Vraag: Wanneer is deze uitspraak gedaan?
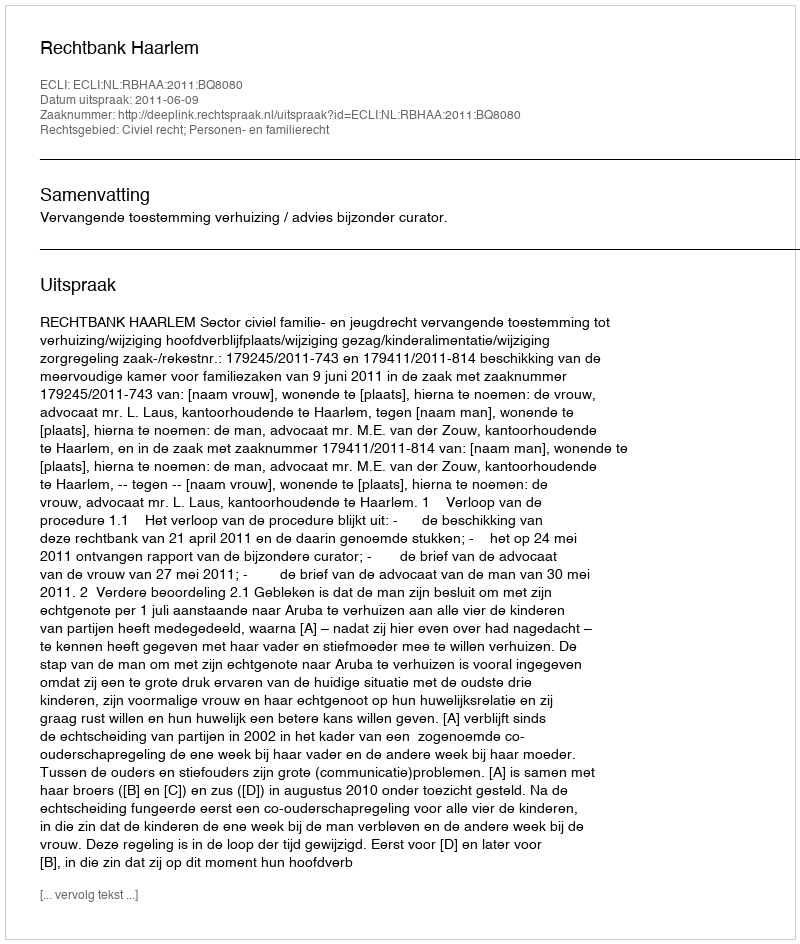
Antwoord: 2011-06-09